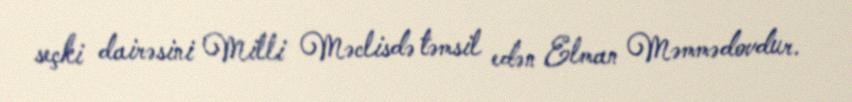
seçki dairəsini Milli Məclisdə təmsil edən Elman Məmmədovdur.